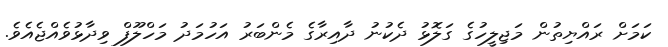
ކަމަށް ރައްޔިތުން މަޖިލީހުގެ ގަލޮޅު ދެކުނު ދާއިރާގެ މެންބަރު އަހުމަދު މަހްލޫފް ވިދާޅުވެއްޖެއެވެ.